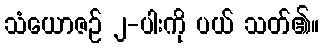
သံယောဇဉ် ၂-ပါးကို ပယ် သတ်၏။